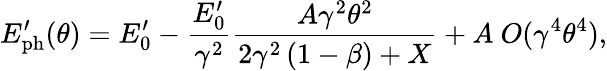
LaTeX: E_{\mathrm{ph}}^{\prime}(\theta)=E_{0}^{\prime}-\frac{E_{0}^{\prime}}{\gamma^{2}}\frac{A\gamma^{2}\theta^{2}}{2\gamma^{2}\left(1-\beta\right)+X}+A\ O(\gamma^{4}\theta^{4}),